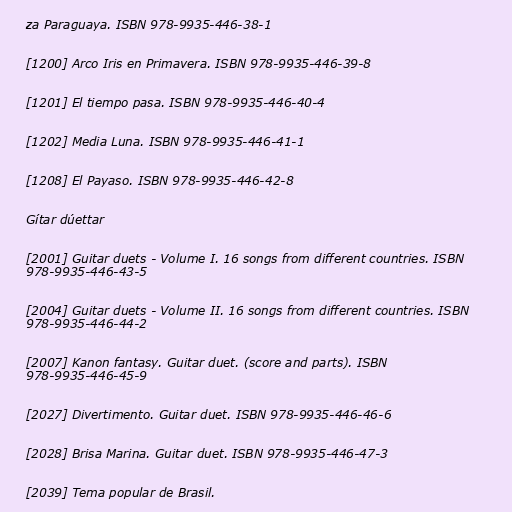
za Paraguaya. ISBN 978-9935-446-38-1

[1200] Arco Iris en Primavera. ISBN 978-9935-446-39-8

[1201] El tiempo pasa. ISBN 978-9935-446-40-4

[1202] Media Luna. ISBN 978-9935-446-41-1

[1208] El Payaso. ISBN 978-9935-446-42-8

Gítar dúettar

[2001] Guitar duets - Volume I. 16 songs from different countries. ISBN
978-9935-446-43-5

[2004] Guitar duets - Volume II. 16 songs from different countries. ISBN
978-9935-446-44-2

[2007] Kanon fantasy. Guitar duet. (score and parts). ISBN
978-9935-446-45-9

[2027] Divertimento. Guitar duet. ISBN 978-9935-446-46-6

[2028] Brisa Marina. Guitar duet. ISBN 978-9935-446-47-3

[2039] Tema popular de Brasil.